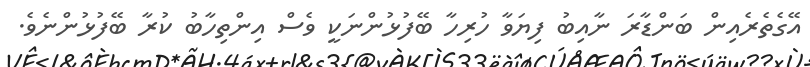
އޭގެތެރެއިން ބަންޑާރަ ނާއިބު ފިޔަވާ ހުރިހާ ބޭފުޅުންނަކީ ވެސް އިންތިހާބު ކުރާ ބޭފުޅުންނެވެ.